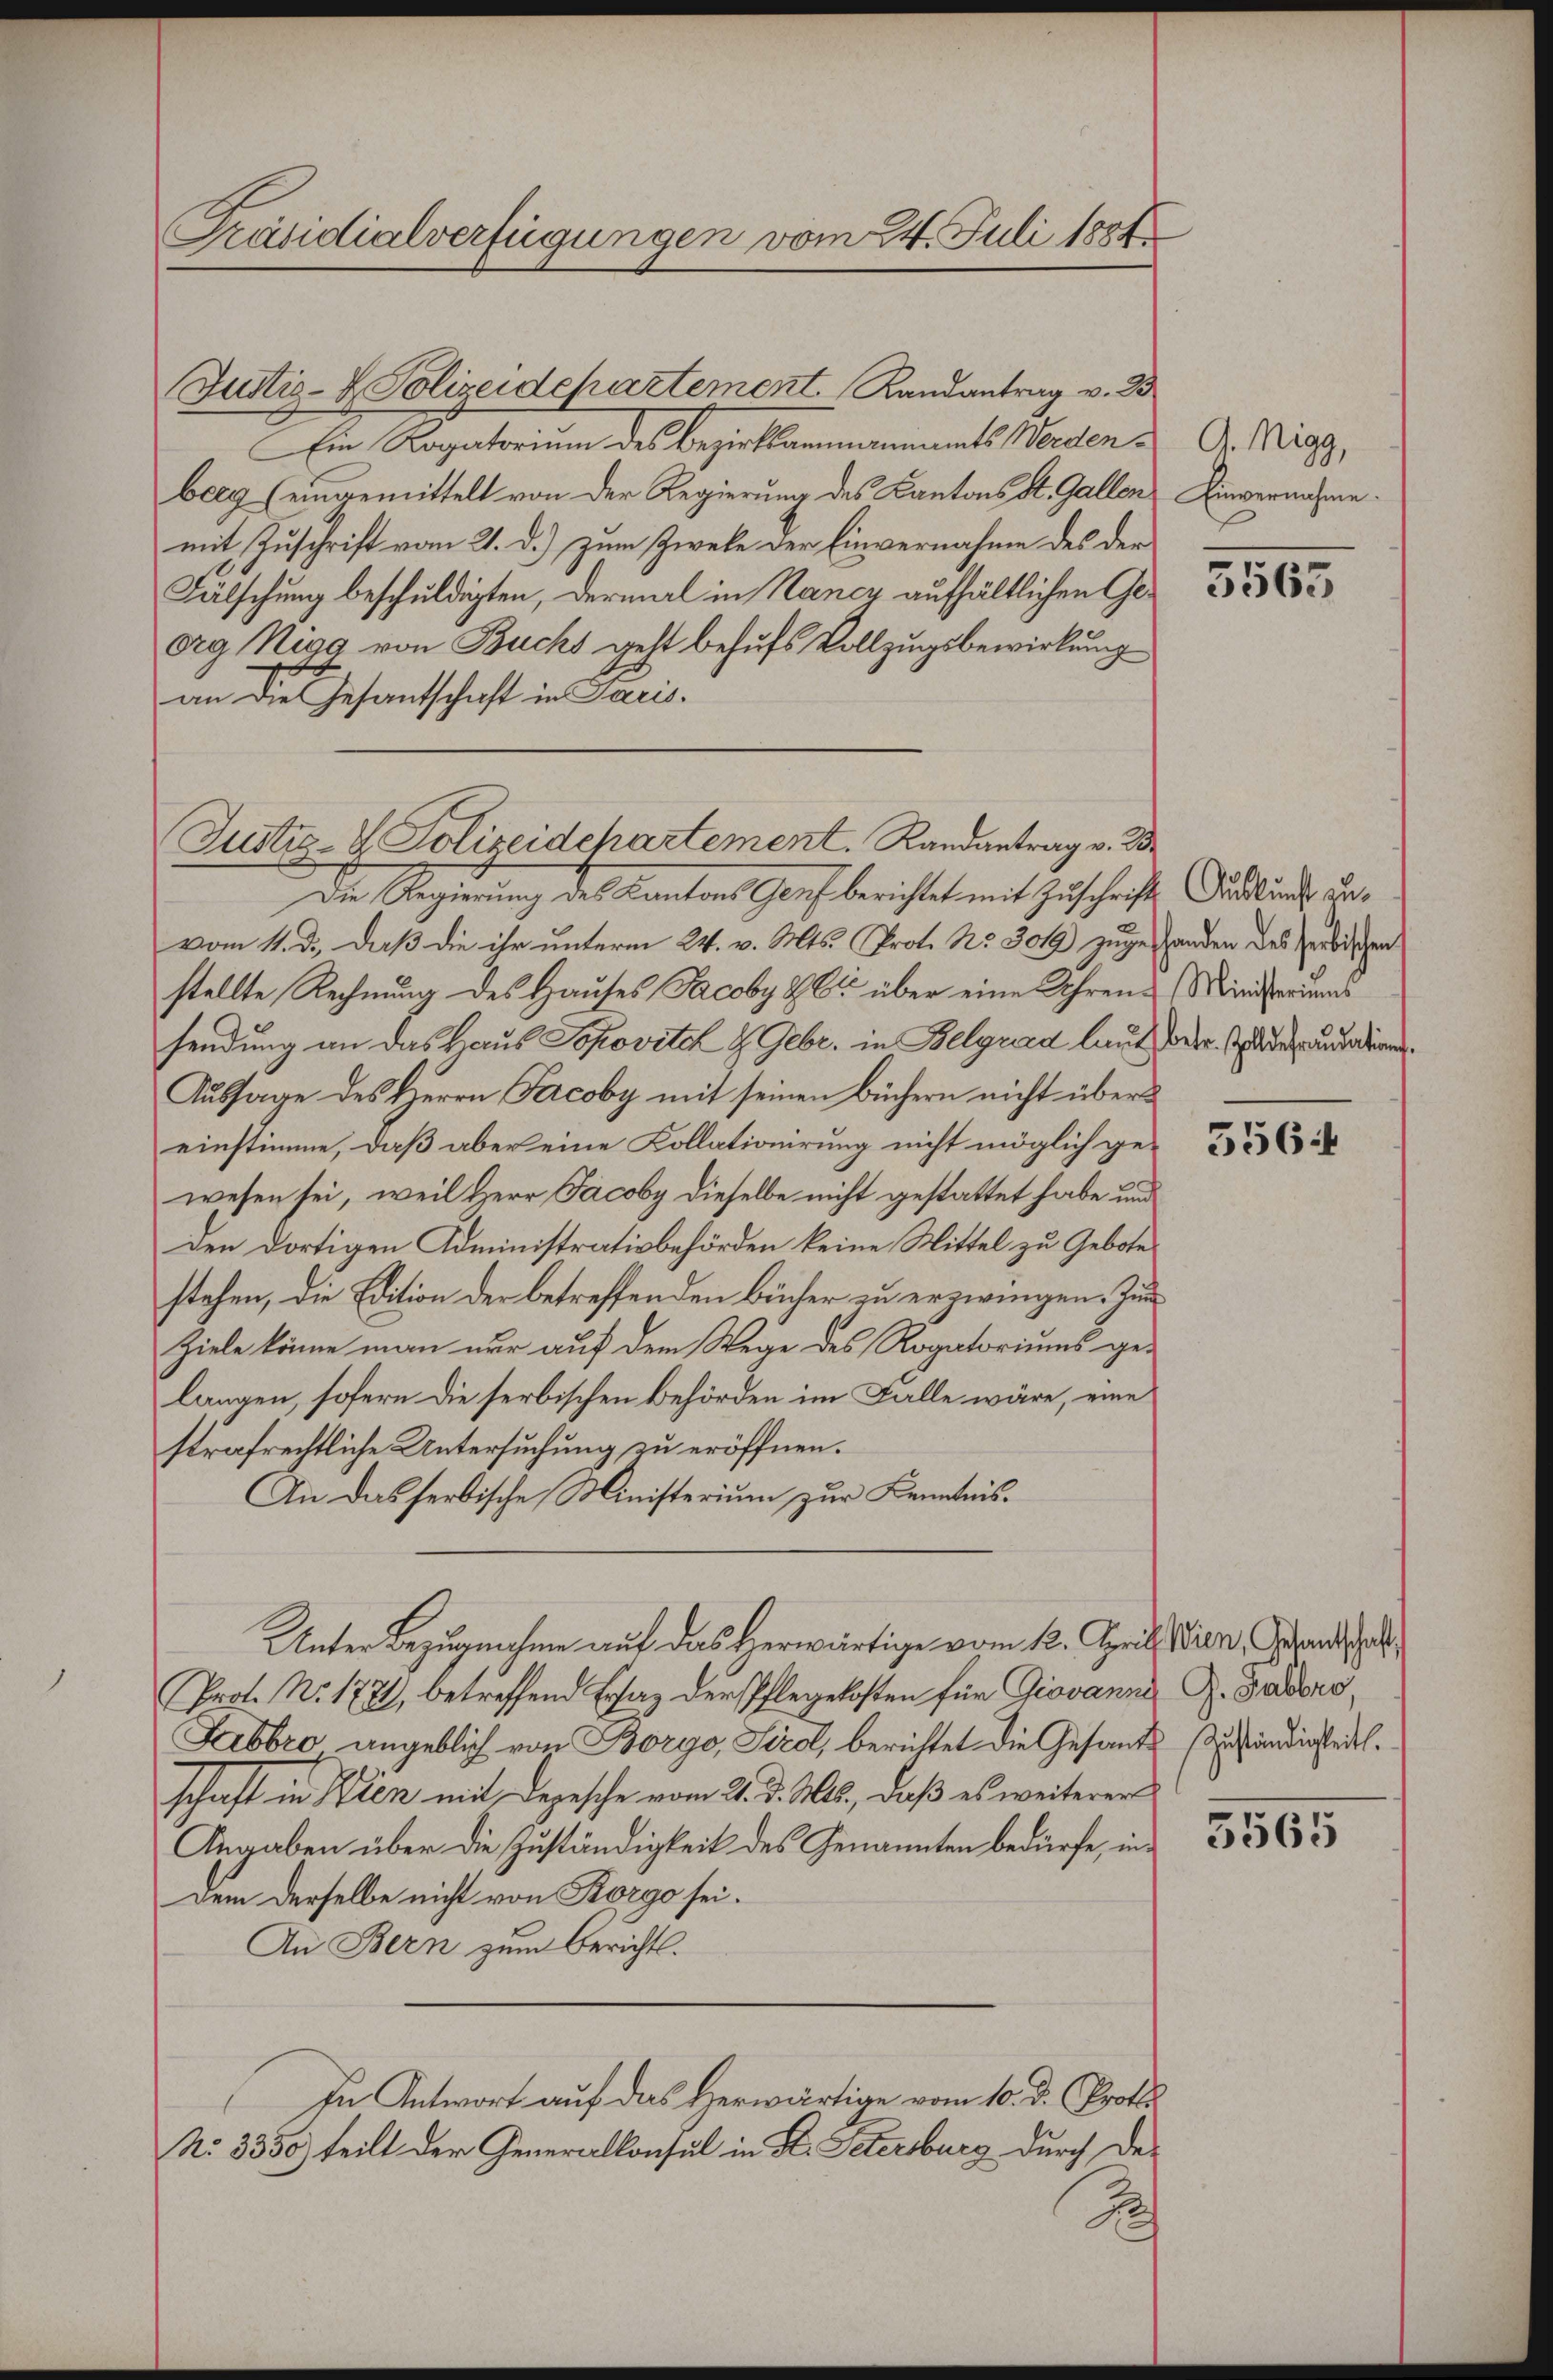
Präsidialverfügungen vom 24. Juli 1884.

Justiz- & Polizeidepartement Randantrag v. B
Ein Rogatorium des Bezirksammannamts Werdenberg (eingemittelt von der Regierung des Kantons St. Gallen
mit Zuschrift vom 21. d.) zum Zweke der Einvernahme des der
Fälschung beschuldigten, dermal in Nancy aufhältlichen Georg Nigg von Buchs geht behufs Vollzugsbewirkung
an die Gesantschaft in Paris.

Justiz- & Polizeidepartement. Randantrag v. 2

Die Regierung des Kantons Genf berichtet mit Zuschrift
vom 11. d. daß die ihr unterm 24. v. Mts. Prot. No 3019) zuge Handen des Verbischen
stellte Rechnung des Hauses Jacoby & Cie über eine Uhrensendung an das Haus Popovite 2 Febr. in Belgrad laut oder Idee und die
Aussage des Herrn Facoby mit seinen Büchern nicht übereinstimme, daß aber eine Kollationirung nicht möglich gewesen sei, weil Herr Jacoby dieselbe nicht gestattet habe und
den dortigen Administrativbehörden keine Mittel zu Gebote
stehen, die Edition der betreffenden Bücher zu erzwingen. Zum
Ziele könne man nur auf dem Wege des Rogatoriums gelangen, sofern die serbischen Behörden im Falle wäre, eine
strafrechtliche Untersuchung zu eröffnen.
An das serbische Ministerium zur Kenntnis¬
Unter Bezugnahme auf das Herwärtige vom 12. April Wien, Grandscha
Prot. No. 172, betreffend Ersaz der Pflegekosten für Giovanna Z. Gadeng
Febbro angeblich von Borgo, Siedl, berichtet die Gesandt zuständigkeit.
schaft in Wien mit Depesche vom 2. d. Mts., daß es weiterer
Angaben über die Zuständigkeit des Genannten bedürfe, indem derselbe nicht von Korgo sei.
An Bern zum Berichts.
In Antwort auf das Herwärtige vom 10. d. Profes
No. 3350) teilt der Generalkonsul in St. Petersburg durch der
2

G. Nigg,
Einvernahme.

5563

Auskunft zu¬
Ministeriums

3564

5565